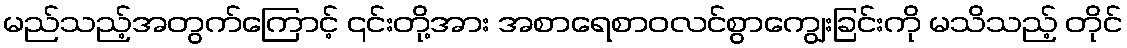
မည်သည့်အတွက်ကြောင့် ၎င်းတို့အား အစာရေစာဝလင်စွာကျွေးခြင်းကို မသိသည့် တိုင်